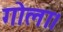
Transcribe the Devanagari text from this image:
गोला।